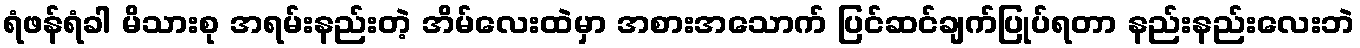
ရံဖန်ရံခါ မိသားစု အရမ်းနည်းတဲ့ အိမ်လေးထဲမှာ အစားအသောက် ပြင်ဆင်ချက်ပြုပ်ရတာ နည်းနည်းလေးဘဲ